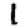
Digit: 1